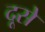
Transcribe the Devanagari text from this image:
दूसे